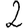
Digit: 2